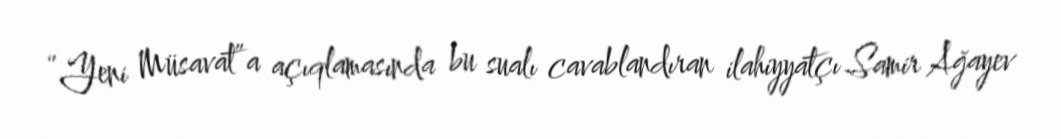
“Yeni Müsavat”a açıqlamasında bu sualı cavablandıran ilahiyyatçı Samir Ağayev